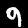
Digit: 9